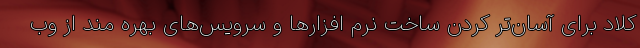
کلاد برای آسان‌تر کردن ساخت نرم افزارها و سرویس‌های بهره مند از وب